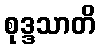
စုဒ္ဒသာတိ